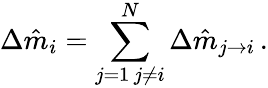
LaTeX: \Delta\hat{m}_{i}=\sum_{\substack{j=1\, j\neq i}}^{N}\Delta\hat{m}_{j\rightarrow i}\, .